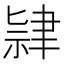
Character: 𫆔